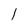
Character: l